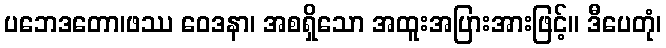
ပဘေဒတော၊ဖဿ ဝေဒနာ၊ အစရှိသော အထူးအပြားအားဖြင့်။ ဒီပေတုံ၊